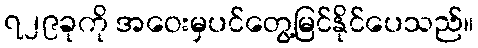
၇၂၉ခုကို အဝေးမှပင်တွေ့မြင်နိုင်ပေသည်။